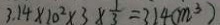
3 . 1 4 \times 1 0 ^ { 2 } \times 3 \times \frac { 1 } { 3 } = 3 1 4 ( m ^ { 3 } )